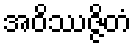
အဝိဿဇ္ဇိတံ